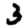
Digit: 3